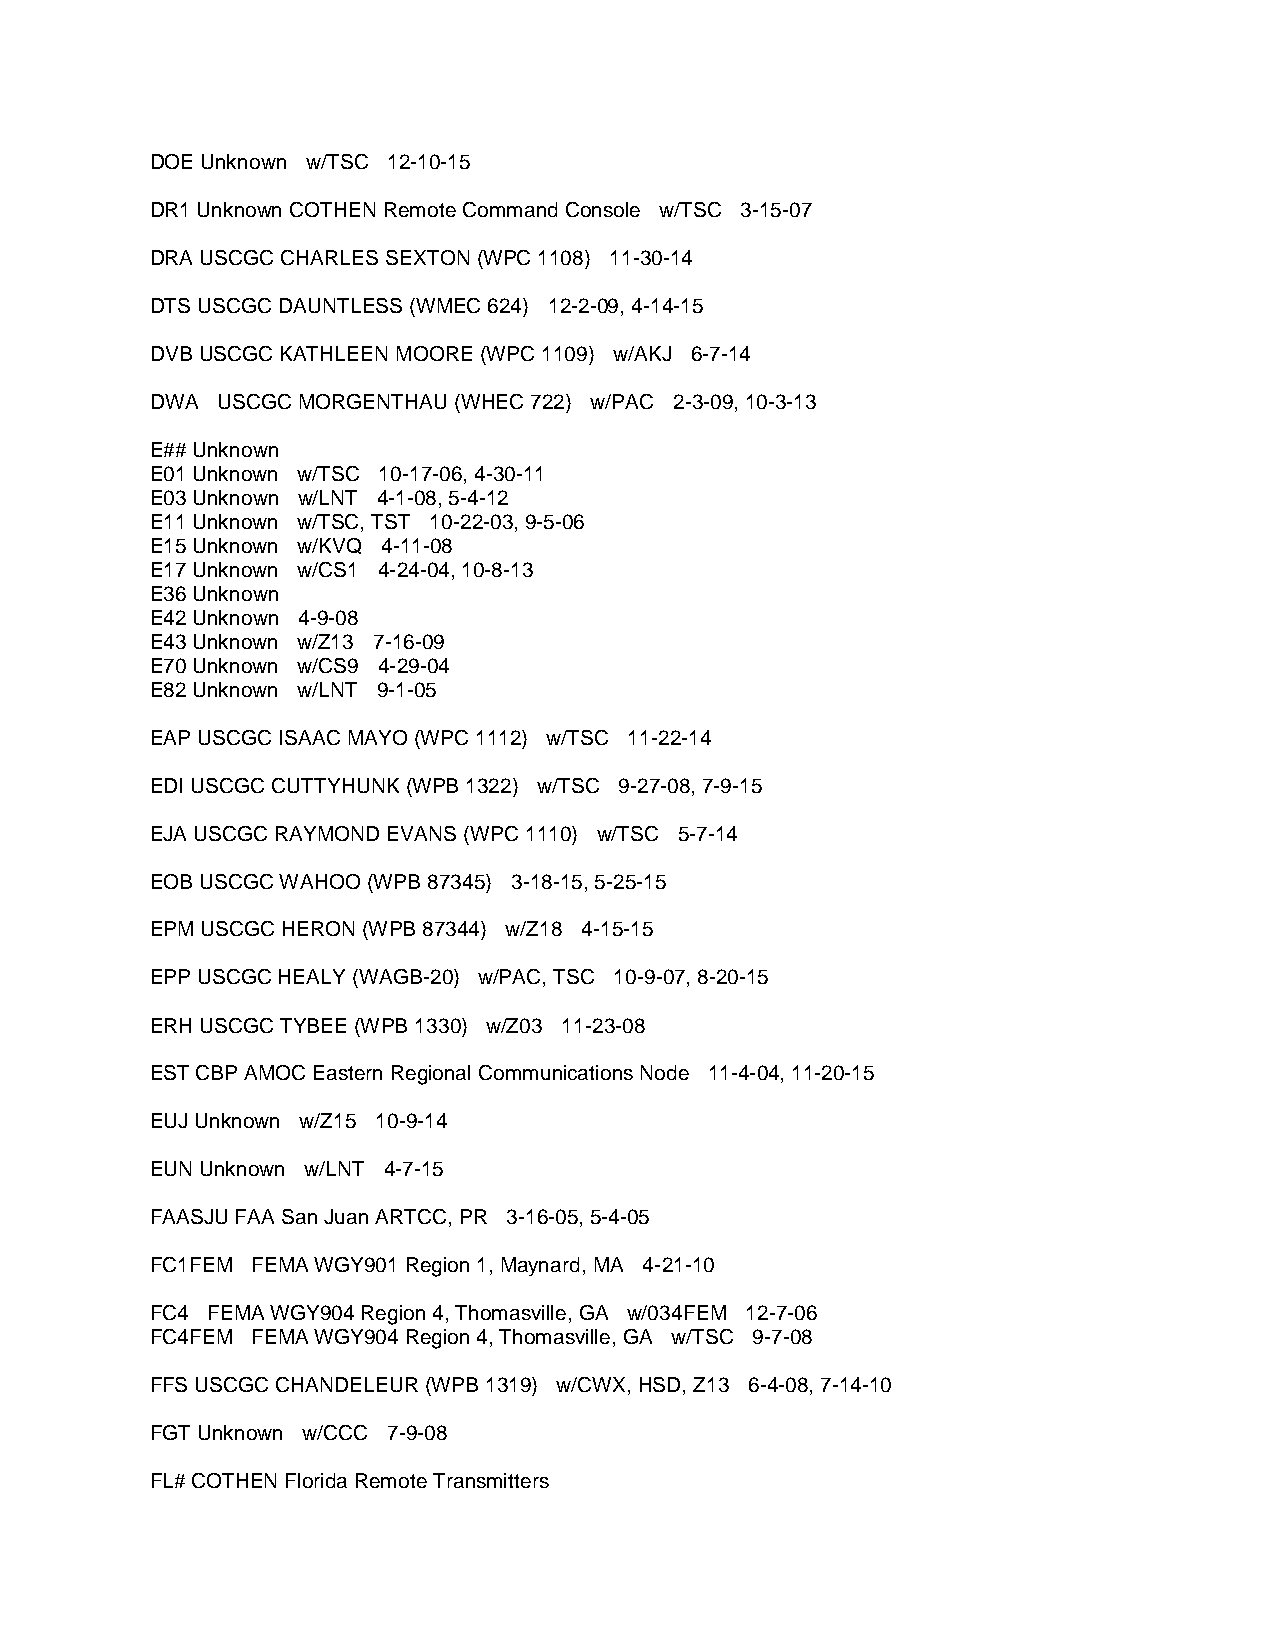
DOE Unknown w/TSC 12-10-15
 DR1 Unknown COTHEN Remote Command Console w/TSC 3-15-07
 DRA USCGC CHARLES SEXTON (WPC 1108) 11-30-14
 DTS USCGC DAUNTLESS (WMEC 624) 12-2-09, 4-14-15
 DVB USCGC KATHLEEN MOORE (WPC 1109) w/AKJ 6-7-14
 DWA USCGC MORGENTHAU (WHEC 722) w/PAC 2-3-09, 10-3-13
 E## Unknown
 E01 Unknown w/TSC 10-17-06, 4-30-11
 E03 Unknown w/LNT 4-1-08, 5-4-12
 E11 Unknown w/TSC, TST 10-22-03, 9-5-06
 E15 Unknown w/KVQ 4-11-08
 E17 Unknown w/CS1 4-24-04, 10-8-13
 E36 Unknown
 E42 Unknown 4-9-08
 E43 Unknown w/Z13 7-16-09
 E70 Unknown w/CS9 4-29-04
 E82 Unknown w/LNT 9-1-05
 EAP USCGC ISAAC MAYO (WPC 1112) w/TSC 11-22-14
 EDI USCGC CUTTYHUNK (WPB 1322) w/TSC 9-27-08, 7-9-15
 EJA USCGC RAYMOND EVANS (WPC 1110) w/TSC 5-7-14
 EOB USCGC WAHOO (WPB 87345) 3-18-15, 5-25-15
 EPM USCGC HERON (WPB 87344) w/Z18 4-15-15
 EPP USCGC HEALY (WAGB-20) w/PAC, TSC 10-9-07, 8-20-15
 ERH USCGC TYBEE (WPB 1330) w/Z03 11-23-08
 EST CBP AMOC Eastern Regional Communications Node 11-4-04, 11-20-15
 EUJ Unknown w/Z15 10-9-14
 EUN Unknown w/LNT 4-7-15
 FAASJU FAA San Juan ARTCC, PR 3-16-05, 5-4-05
 FC1FEM FEMA WGY901 Region 1, Maynard, MA 4-21-10
 FC4 FEMA WGY904 Region 4, Thomasville, GA w/034FEM 12-7-06
 FC4FEM FEMA WGY904 Region 4, Thomasville, GA w/TSC 9-7-08
 FFS USCGC CHANDELEUR (WPB 1319) w/CWX, HSD, Z13 6-4-08, 7-14-10
 FGT Unknown w/CCC 7-9-08
 FL# COTHEN Florida Remote Transmitters